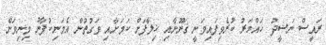
ރައީސް ނަޝީދު ހައްޔަރު ކުރެވިފައިވަނީ ޤަނޫނާއި ޚިލާފަށް ކަމަށާއި ވަގުތުން އެމަނިކުފާނު މިނިވަން